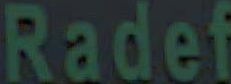
Radef